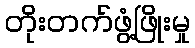
တိုးတက်ဖွံ့ဖြိုးမှု